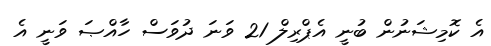
އެ ކޮމިޝަނުން ބުނީ އެޕްރިލް 21 ވަނަ ދުވަސް ހާއްޞަ ވަނީ އެ